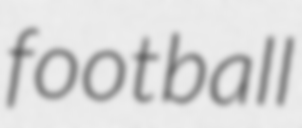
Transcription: football